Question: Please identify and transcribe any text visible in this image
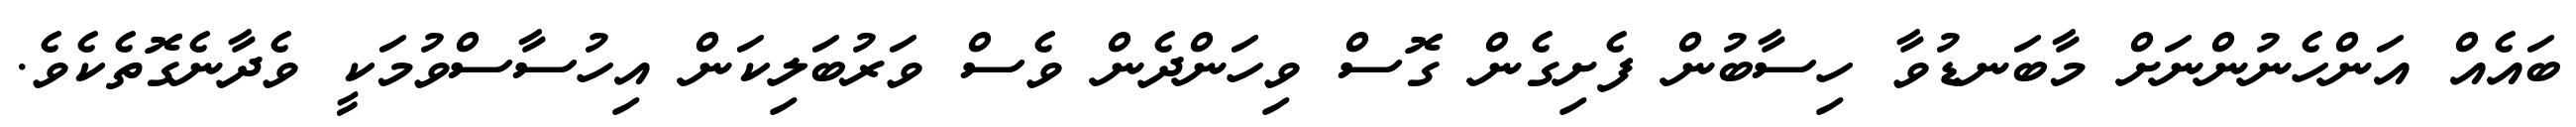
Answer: ބައެއް އަންހެނުންނަށް މާބަނޑުވާ ހިސާބުން ފެށިގެން ގޮސް ވިހަންދެން ވެސް ވަރުބަލިކަން އިހުސާސްވުމަކީ ވެދާނެގޮތެކެވެ.